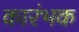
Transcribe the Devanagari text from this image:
कारंभक